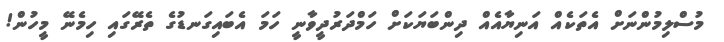
މުސްލިމުންނަށް އެތަކެއް އަނިޔާއެއް ދިންބަޔަކަށް ހަމްދަރުދީވާނީ ހަމަ އެބައިގަނޑުގެ ތެރޭގައި ހިމެނޭ މީހުން!